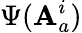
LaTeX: \Psi(\mathbf{A}_{a}^{i})